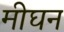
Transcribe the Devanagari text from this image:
मीघन